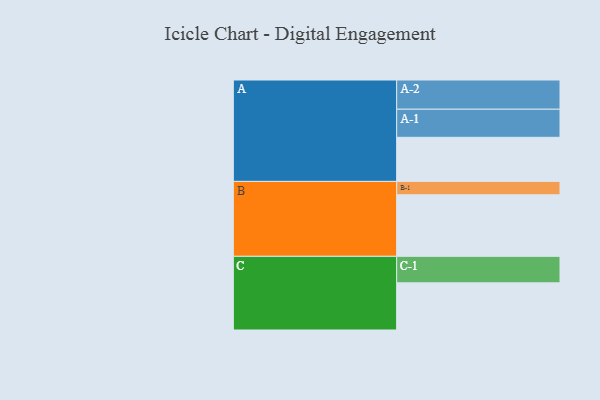
{"axis": {"x": "Segment", "y": "Value"}, "legend": ["", "A", "B", "C"], "data": [{"x": "A", "y": 418, "type": ""}, {"x": "B", "y": 583, "type": ""}, {"x": "C", "y": 447, "type": ""}, {"x": "A-1", "y": 266, "type": "A"}, {"x": "A-2", "y": 277, "type": "A"}, {"x": "B-1", "y": 127, "type": "B"}, {"x": "C-1", "y": 251, "type": "C"}]}